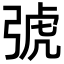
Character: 𢏯